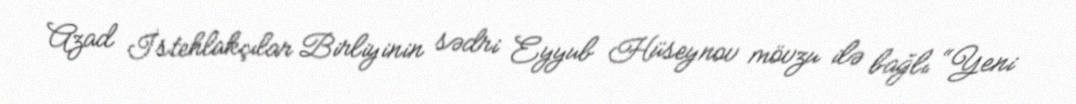
Azad İstehlakçılar Birliyinin sədri Eyyub Hüseynov mövzu ilə bağlı “Yeni